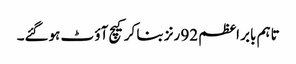
تاہم بابر اعظم 92 رنز بنا کرکیچ آؤ ٹ ہوگئے۔